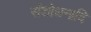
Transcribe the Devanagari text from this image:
संशोधनादि